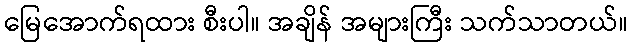
မြေအောက်ရထား စီးပါ။ အချိန် အများကြီး သက်သာတယ်။